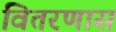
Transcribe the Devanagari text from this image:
वितरणास